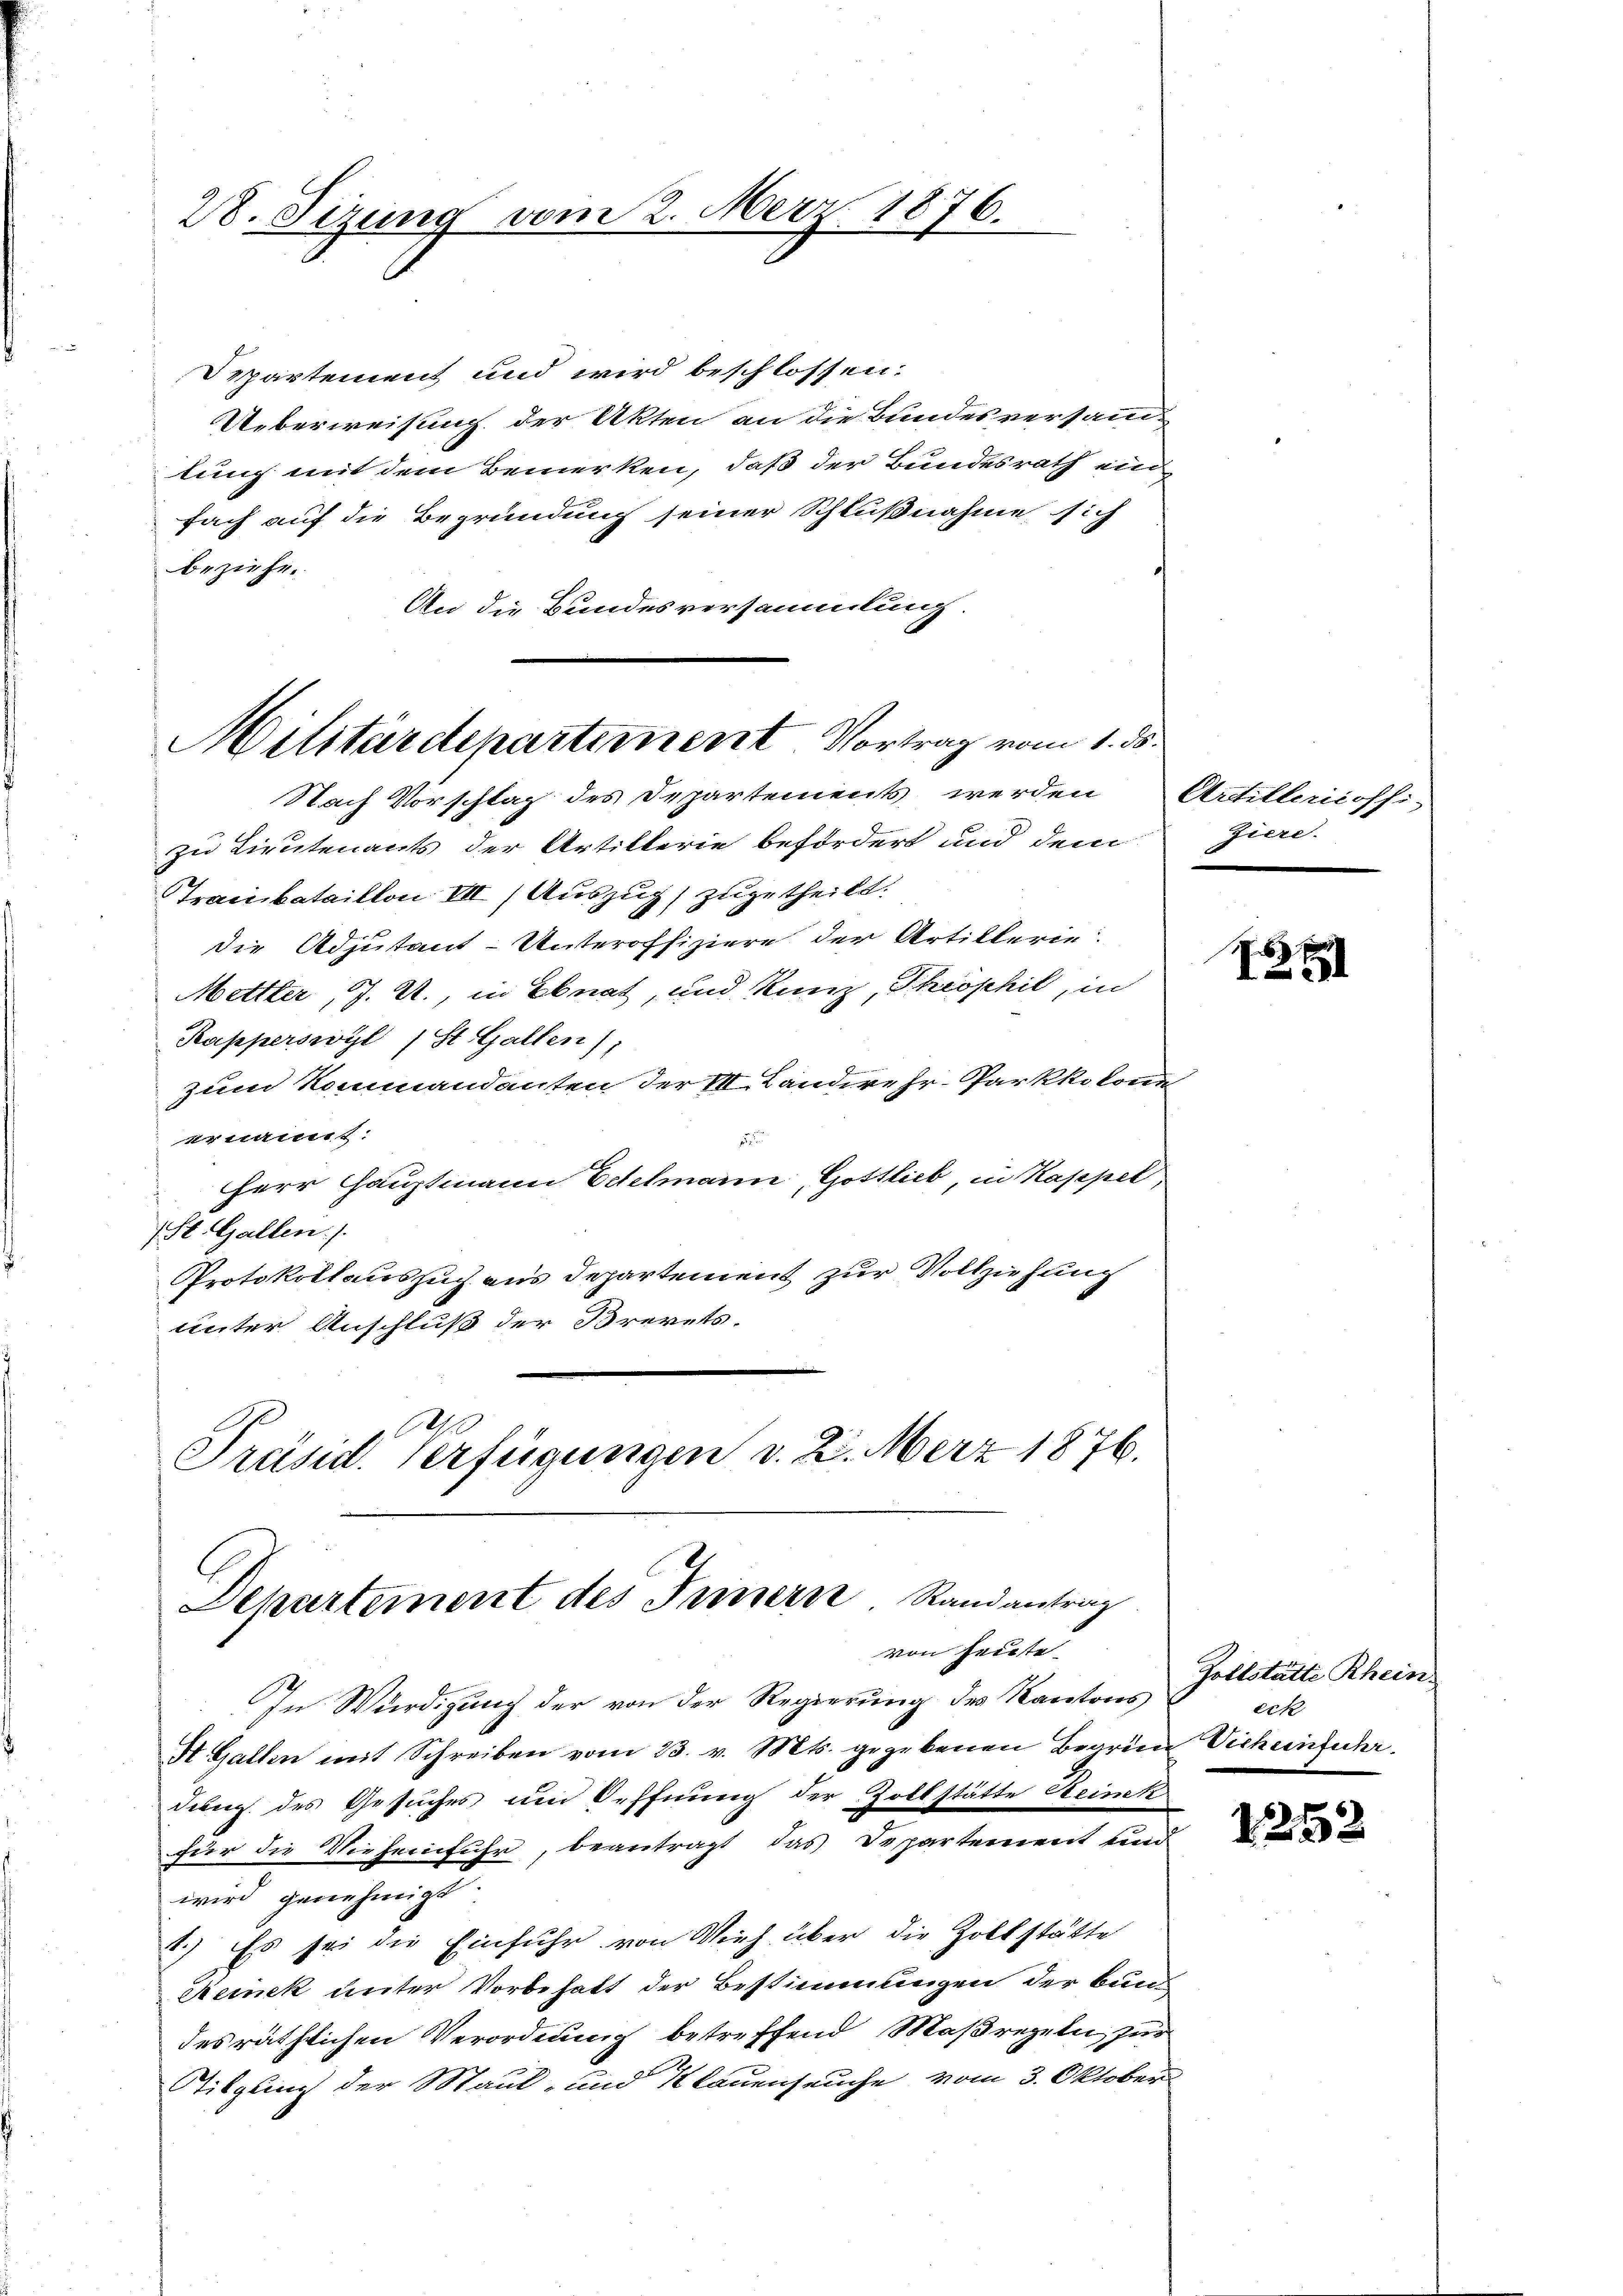
28. Sizung vom 2. Merz 1876.

Departement und wird beschlossen.
Ueberweisung der Akten an die Bundesversamm-
lung mit dem Bemerken, daß der Bundesrath ein
fach auf die Begründung seiner Schlußnahme sich
beziehe.
An die Bundesversammlung.
Nach Vorschlag des Departements werden
zu Lieutenants der Artillerie befördert und dem
Tracibataillon III) Auszug zugetheilt.
die Adjutant-Unteroffiziere der Artillerie
Mettler, J. U., in Ebnat, und Kunz, Theophil, in
Kapperswyl (St. Gallen);
zum Kommandanten der M. Landere Hr. Parkkolon.
ernannt:

Herr Hauptmann Eetelmann, Gottlieb, in Kappel
St. Gallen.
Protokollauszug aus Departement zur Vollziehung
unter Anschluß der Brevets.
Präsid. Verfügungen v. 2. Merz 1876.

Militärdepartement Vortrag vom 1. ds.

Departement des Trinern Randantrag
von heute.

.
f

Artillericossi¬
Ziere.

In Würdigung der von der Regierung des Kantons
A Gallen mit Schreiben vom 23. v. Mts. gegebenen Begrün Vich einfuhrdung des Gesuches und Oeffnung der Zollstätte Steink
für die Vieheinfuhr, beantragt das Departement und
wird genehmigt
1.) Es sei die Einfuhr von Vieh über die Zollstätte
Reinek unter Vorbehalt der Bestimmungen der Bund
des räthlichen Verordnung betreffend Maßregeln zur
Tilgung der Maul- und Klauenseuche vom 3. Oktober

6
25

Zollstätte Rheins
eck

2252